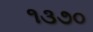
૧૩૭૦